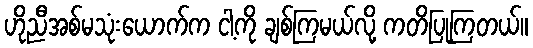
ဟိုညီအစ်မသုံးယောက်က ငါ့ကို ချစ်ကြမယ်လို့ ကတိပြုကြတယ်။